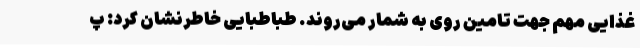
غذایی مهم جهت تامین روی به شمار می‌روند. طباطبایی خاطرنشان کرد: پ